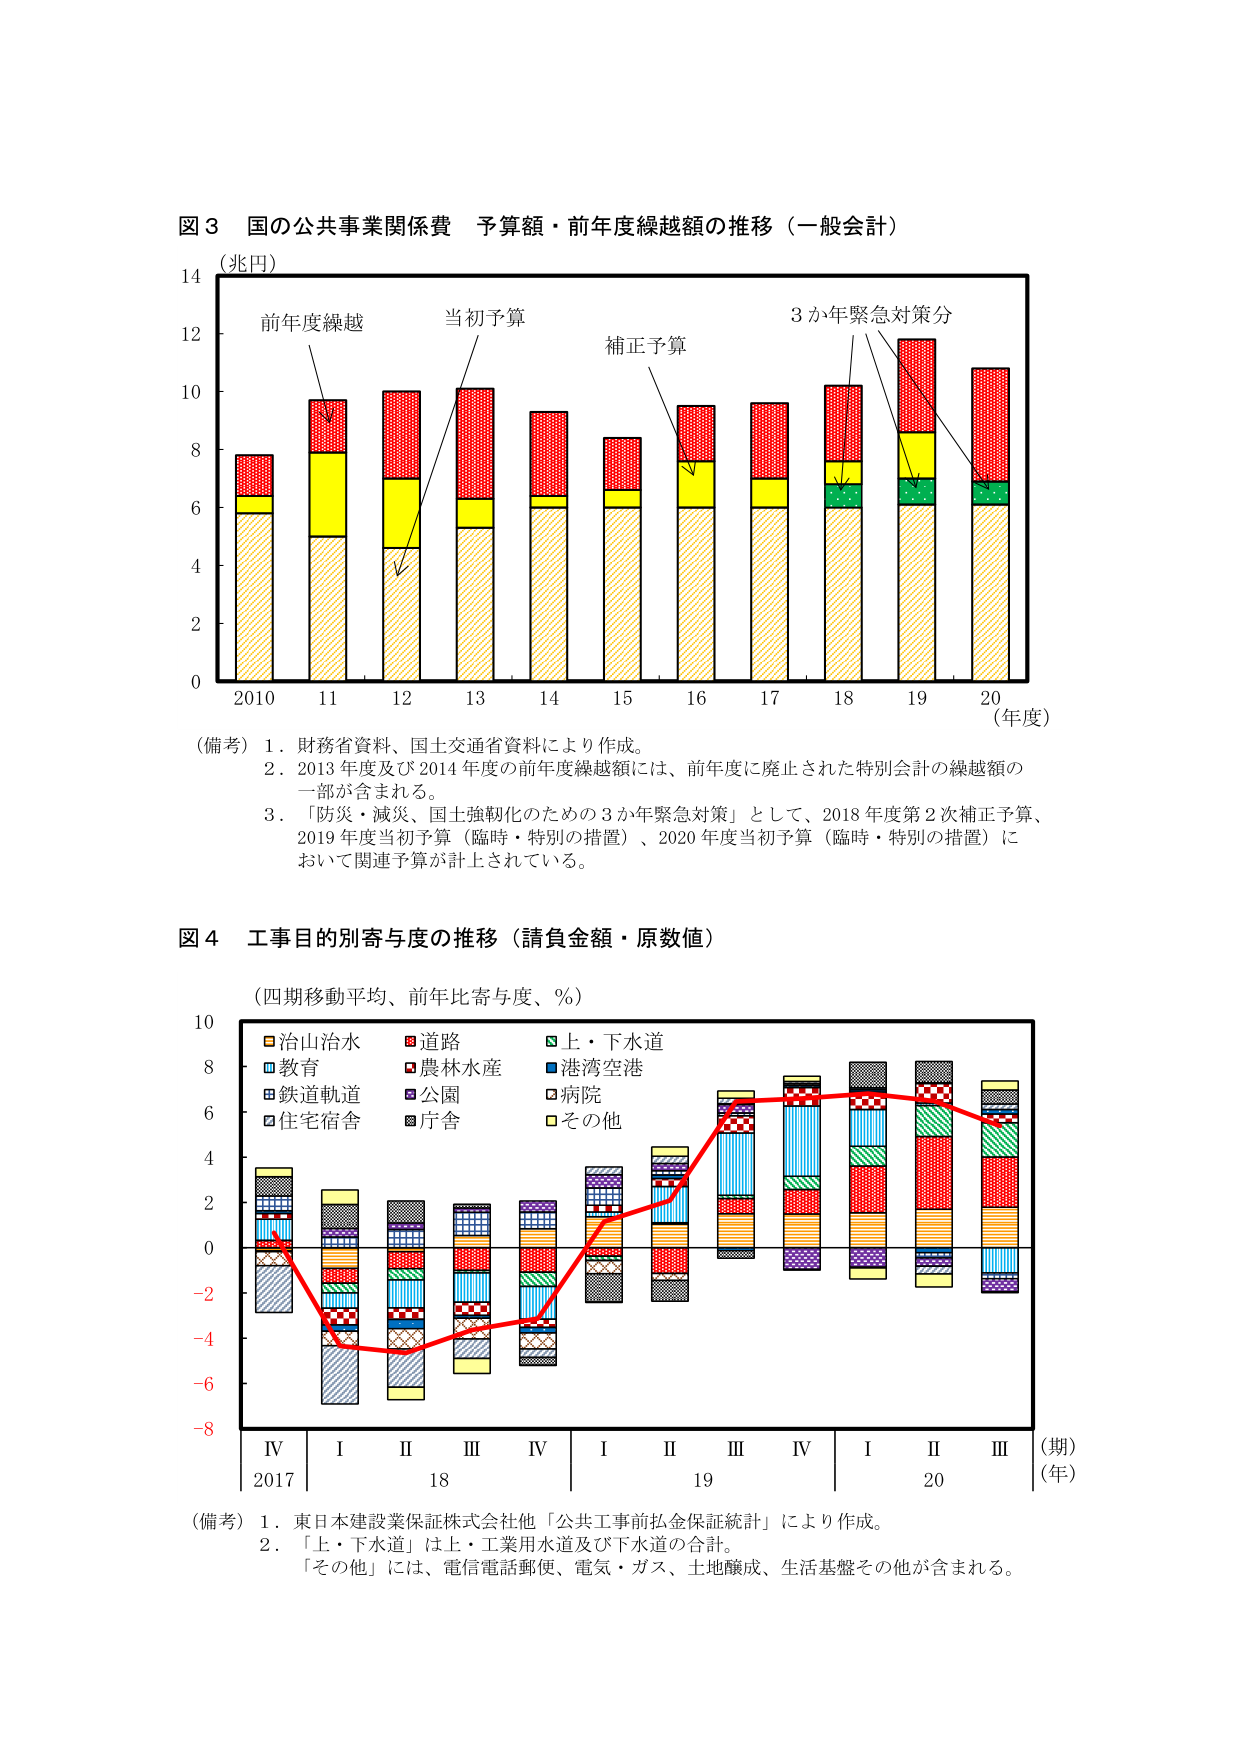
図３ 国の公共事業関係費 予算額・前年度繰越額の推移（一般会計）
（兆円）
前年度繰越
当初予算
補正予算
3か年緊急対策分
0 2 4 6 8 10 12 14
2010 11 12 13 14 15 16 17 18 19 20
（年度）
（備考）1．財務省資料、国土交通省資料により作成。
2．2013年度及び2014年度の前年度繰越額には、前年度に廃止された特別会計の繰越額の一部が含まれる。
3．「防災・減災、国土強靭化のための3か年緊急対策」として、2018年度第2次補正予算、2019年度当初予算（臨時・特別の措置）、2020年度当初予算（臨時・特別の措置）において関連予算が計上されている。

図４ 工事目的別寄与度の推移（請負金額・原数値）
（四期移動平均、前年比寄与度、％）
治山治水
道路
上・下水道
教育
農林水産
港湾空港
鉄道軌道
公園
病院
住宅宿舎
庁舎
その他
-8 -6 -4 -2 0 2 4 6 8 10
IV I II III IV I II III IV I II III
2017 18 19 20
（期）
（年）
（備考）1．東日本建設業保証株式会社他「公共工事前払金保証統計」により作成。
2．「上・下水道」は上・工業用水道及び下水道の合計。
「その他」には、電信電話郵便、電気・ガス、土地醸成、生活基盤その他が含まれる。